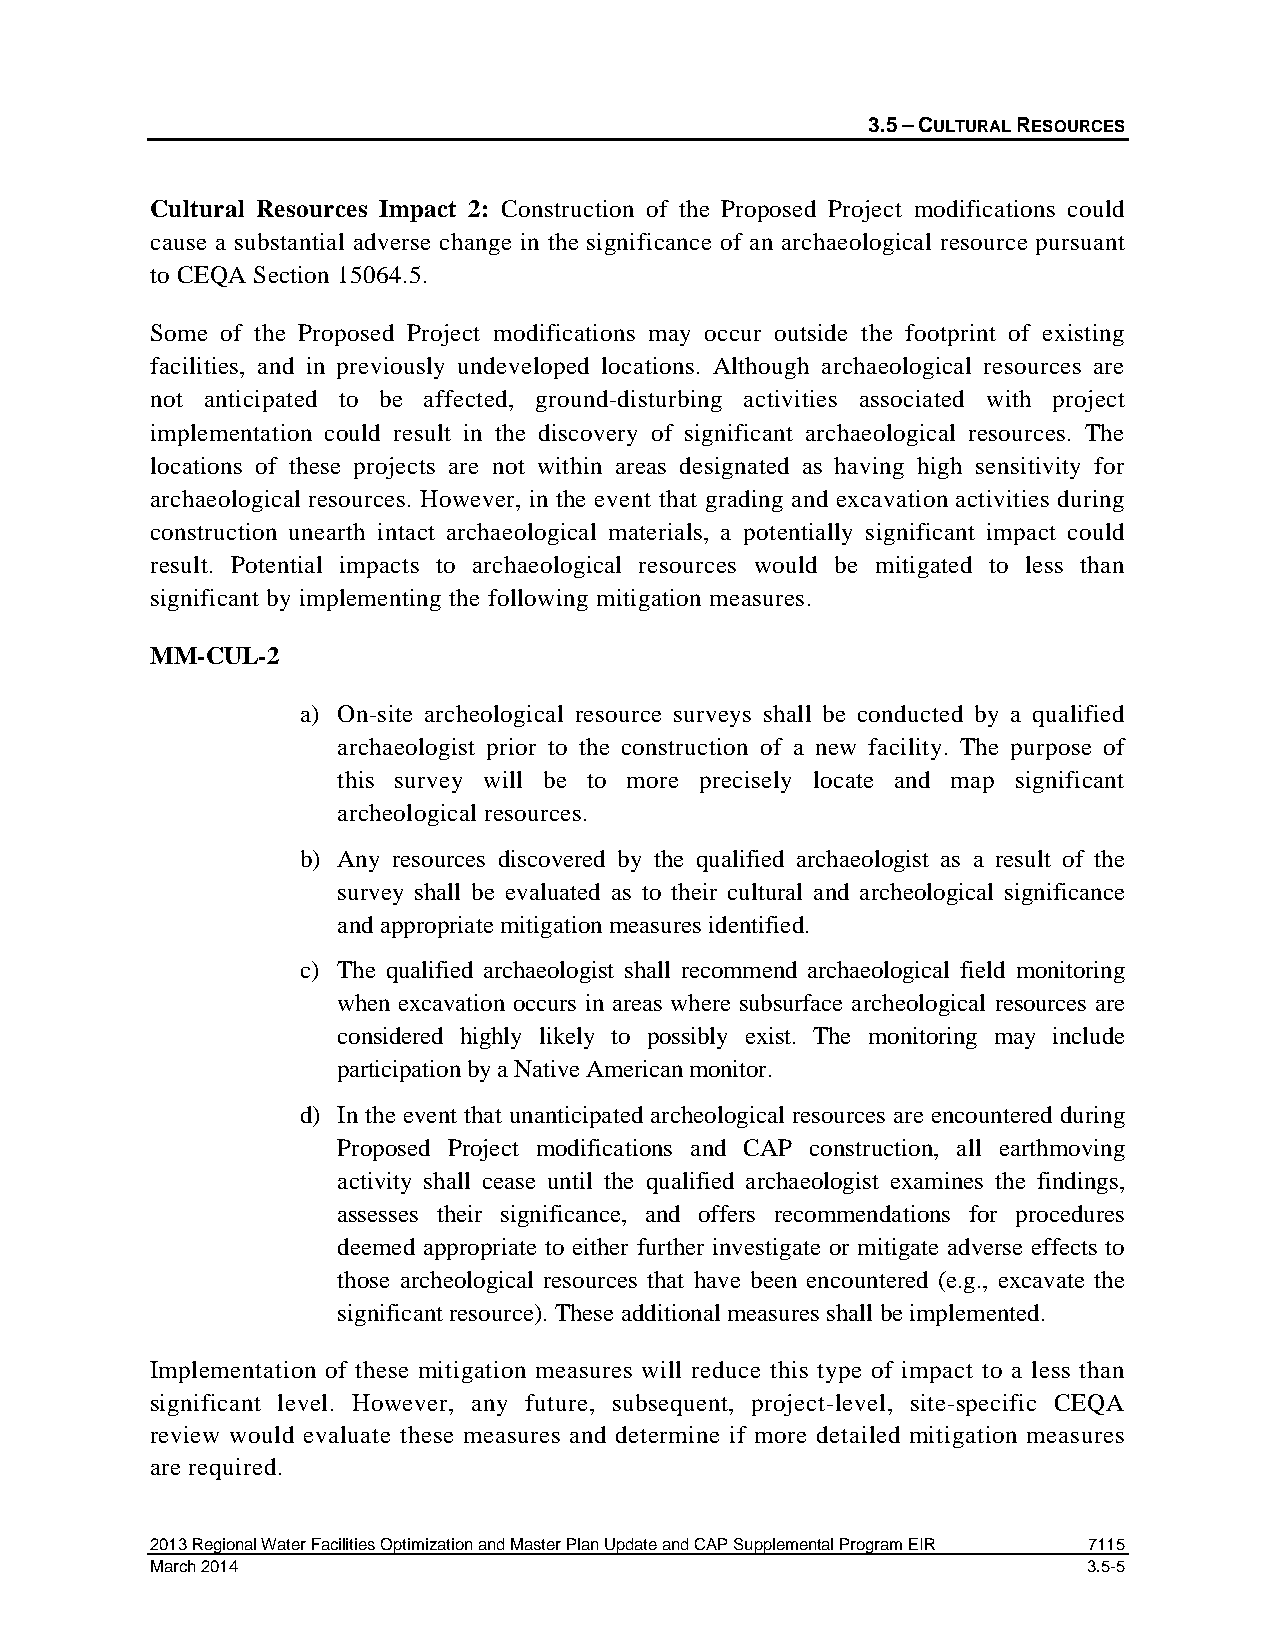
3.5 – CULTURAL RESOURCES
 Cultural Resources Impact 2: Construction of the Proposed Project modifications could
 cause a substantial adverse change in the significance of an archaeological resource pursuant
 to CEQA Section 15064.5.
 Some of the Proposed Project modifications may occur outside the footprint of existing
 facilities, and in previously undeveloped locations. Although archaeological resources are
 not anticipated to be affected, ground-disturbing activities associated with project
 implementation could result in the discovery of significant archaeological resources. The
 locations of these projects are not within areas designated as having high sensitivity for
 archaeological resources. However, in the event that grading and excavation activities during
 construction unearth intact archaeological materials, a potentially significant impact could
 result. Potential impacts to archaeological resources would be mitigated to less than
 significant by implementing the following mitigation measures.
 MM-CUL-2
 a) On-site archeological resource surveys shall be conducted by a qualified
 archaeologist prior to the construction of a new facility. The purpose of
 this survey will be to more precisely locate and map significant
 archeological resources.
 b) Any resources discovered by the qualified archaeologist as a result of the
 survey shall be evaluated as to their cultural and archeological significance
 and appropriate mitigation measures identified.
 c) The qualified archaeologist shall recommend archaeological field monitoring
 when excavation occurs in areas where subsurface archeological resources are
 considered highly likely to possibly exist. The monitoring may include
 participation by a Native American monitor.
 d) In the event that unanticipated archeological resources are encountered during
 Proposed Project modifications and CAP construction, all earthmoving
 activity shall cease until the qualified archaeologist examines the findings,
 assesses their significance, and offers recommendations for procedures
 deemed appropriate to either further investigate or mitigate adverse effects to
 those archeological resources that have been encountered (e.g., excavate the
 significant resource). These additional measures shall be implemented.
 Implementation of these mitigation measures will reduce this type of impact to a less than
 significant level. However, any future, subsequent, project-level, site-specific CEQA
 review would evaluate these measures and determine if more detailed mitigation measures
 are required.
 2013 Regional Water Facilities Optimization and Master Plan Update and CAP Supplemental Program EIR 7115
 March 2014                                                    3.5-5